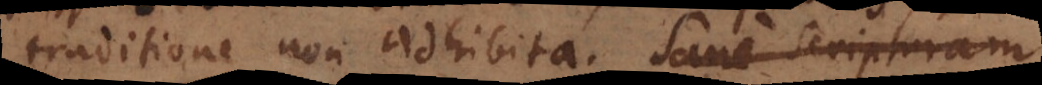
traditione non adhibita,. Sane Scripturam